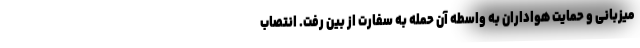
میزبانی و حمایت هواداران به واسطه آن حمله به سفارت از بین رفت. انتصاب